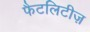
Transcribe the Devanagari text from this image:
फैटलिटीज़